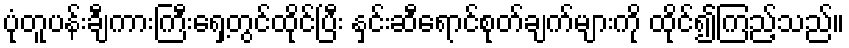
ပုံတူပန်းချီကားကြီးရှေ့တွင်ထိုင်ပြီး နှင်းဆီရောင်စုတ်ချက်များကို ထိုင်၍ကြည့်သည်။